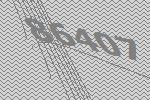
86407